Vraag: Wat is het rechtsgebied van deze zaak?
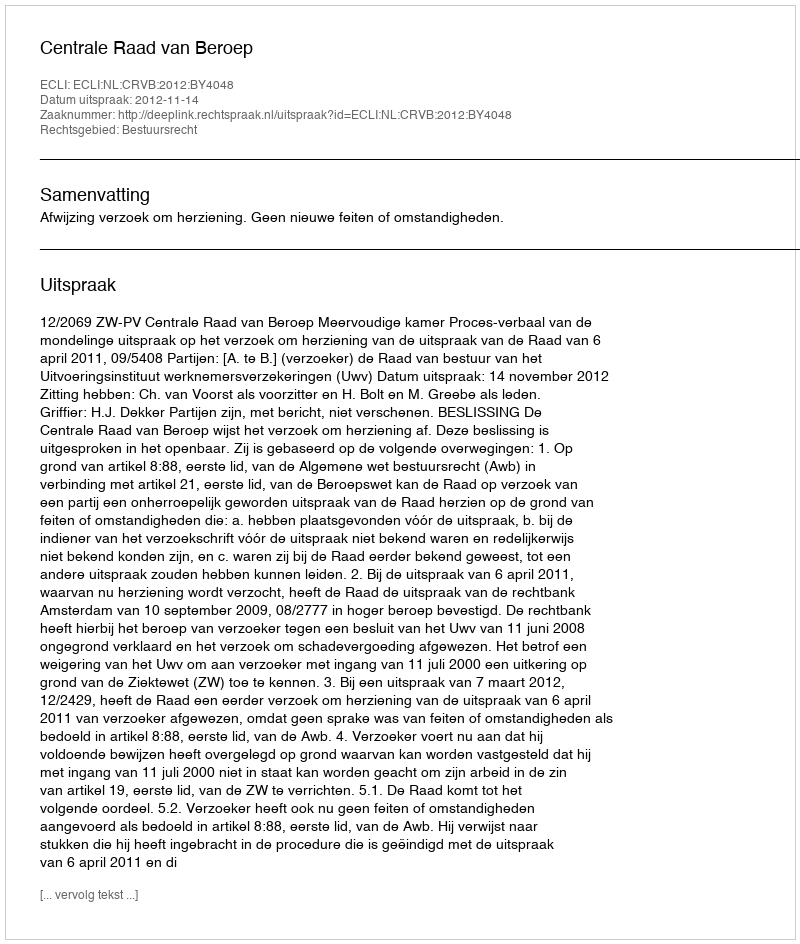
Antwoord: Bestuursrecht